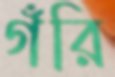
গঁরি